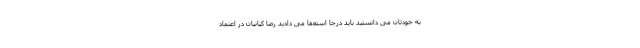
به خودتان می دانستید باید درجا استعفا می دادید رضا کیانیان در اعتماد